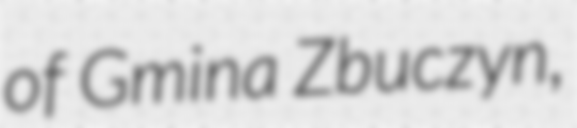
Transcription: of Gmina Zbuczyn,